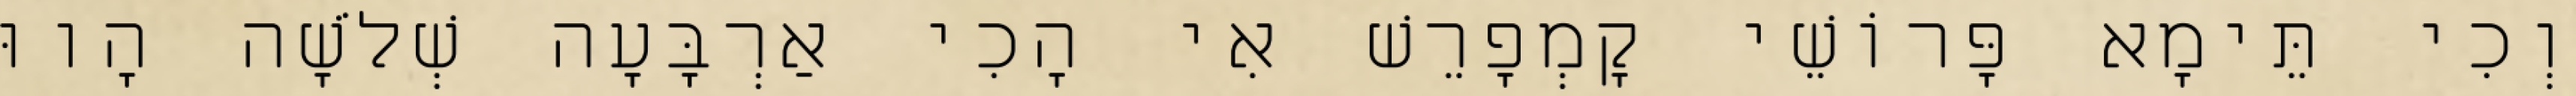
וְכִי תֵּימָא פָּרוֹשֵׁי קָמְפָרֵשׁ אִי הָכִי אַרְבָּעָה שְׁלֹשָׁה הָווּ